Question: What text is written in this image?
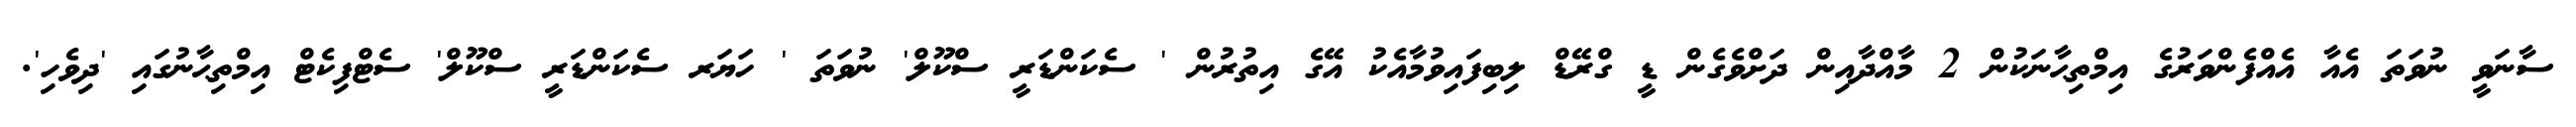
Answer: ސާނަވީ ނުވަތަ އެއާ އެއްފެންވަރުގެ އިމްތިޙާނަކުން 2 މާއްދާއިން ދަށްވެގެން ޑީ ގްރޭޑް ލިބިފައިވުމާއެކު އޭގެ އިތުރުން ' ސެކަންޑަރީ ސްކޫލް' ނުވަތަ ' ހަޔަރ ސެކަންޑަރީ ސްކޫލް' ސެޓްފިކެޓް އިމްތިޙާނުގައި 'ދިވެހި'.